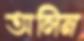
অলিন